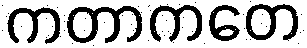
ကတာကတေ